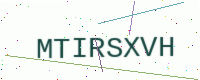
Text: MTIRSXVH